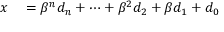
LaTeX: \begin{array} { r l } { x } & { { } = \beta ^ { n } d _ { n } + \cdots + \beta ^ { 2 } d _ { 2 } + \beta d _ { 1 } + d _ { 0 } } \end{array}